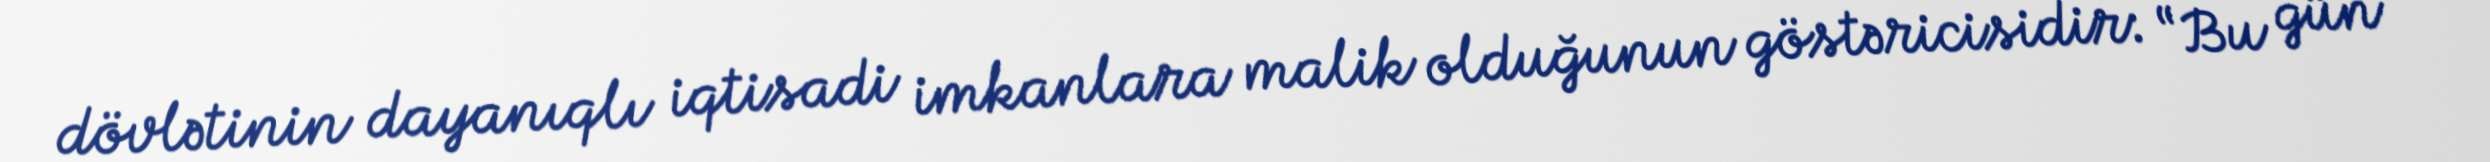
dövlətinin dayanıqlı iqtisadi imkanlara malik olduğunun göstəricisidir: “Bu gün